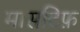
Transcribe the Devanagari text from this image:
मासटिफ़